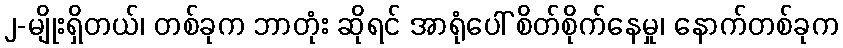
၂-မျိုးရှိတယ်၊ တစ်ခုက ဘာတုံး ဆိုရင် အာရုံပေါ် စိတ်စိုက်နေမှု၊ နောက်တစ်ခုက